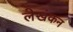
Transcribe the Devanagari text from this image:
लेखंकन